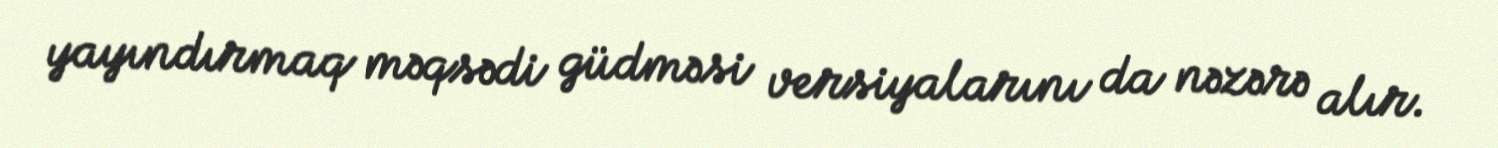
yayındırmaq məqsədi güdməsi versiyalarını da nəzərə alır.